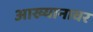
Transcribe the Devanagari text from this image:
आख्यानावर